Indian journal of veterinary science and animal husbandry - Volume 8,
Year: 1938
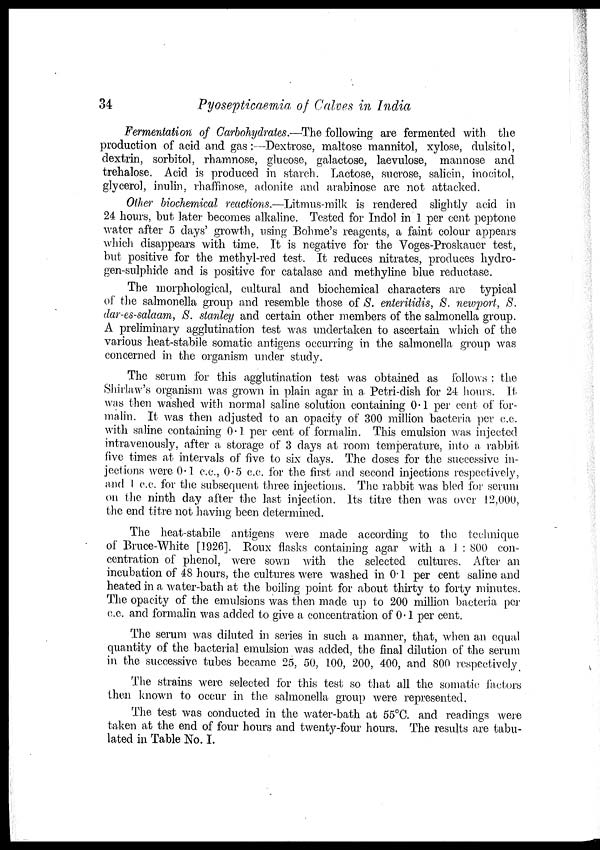
34
Pyosepticaemia of Calves in India
Fermentation of Carbohydrates.—The following are fermented with the
production of acid and gas :—Dextrose, maltose mannitol, xylose, dulsitol,
dextrin, sorbitol, rhamnose, glucose, galactose, laevulose, mannose and
trehalose. Acid is produced in starch. Lactose, sucrose, salicin, inocitol,
glycerol, inulin, rhaffinose, adonite and arabinose are not attacked.
Other biochemical reactions.—Litmus-milk is rendered slightly acid in
24 hours, but later becomes alkaline. Tested for Indol in 1 per cent peptone
water after 5 days' growth, using Bohme's reagents, a faint colour appears
which disappears with time. It is negative for the Voges-Proskauer test,
but positive for the methyl-red test. It reduces nitrates, produces hydro-
gen-sulphide and is positive for catalase and methyline blue reductase.
The morphological, cultural and biochemical characters are typical
of the salmonella group and resemble those of S. enteritidis, S. newport, S.
dar-es-salaam, S. stanley and certain other members of the salmonella group.
A preliminary agglutination test was undertaken to ascertain which of the
various heat-stabile somatic antigens occurring in the salmonella group was
concerned in the organism under study.
The serum for this agglutination test was obtained as follows : the
Shirlaw's organism was grown in plain agar in a Petri-dish for 24 hours. It
was then washed with normal saline solution containing 0.1 per cent of for-
malin. It was then adjusted to an opacity of 300 million bacteria per c.c.
with saline containing 0.1 per cent of formalin. This emulsion was injected
intravenously, after a storage of 3 days at room temperature, into a rabbit
five times at intervals of five to six days. The doses for the successive in-
jections were 0.1 c.c., 0.5 c.c. for the first and second injections respectively,
and 1 c.c. for the subsequent three injections. The rabbit was bled for serum
on the ninth day after the last injection. Its titre then was over 12,000,
the end titre not having been determined.
The heat-stabile antigens were made according to the technique
of Bruce-White [1926]. Roux flasks containing agar with a 1 : 800 con-
centration of phenol, were sown with the selected cultures. After an
incubation of 48 hours, the cultures were washed in 0.1 per cent saline and
heated in a water-bath at the boiling point for about thirty to forty minutes.
The opacity of the emulsions was then made up to 200 million bacteria per
c.c. and formalin was added to give a concentration of 0.1 per cent.
The serum was diluted in series in such a manner, that, when an equal
quantity of the bacterial emulsion was added, the final dilution of the serum
in the successive tubes became 25, 50, 100, 200, 400, and 800 respectively.
The strains were selected for this test so that all the somatic factors
then known to occur in the salmonella group were represented.
The test was conducted in the water-bath at 55°C. and readings were
taken at the end of four hours and twenty-four hours. The results are tabu-
lated in Table No. I.